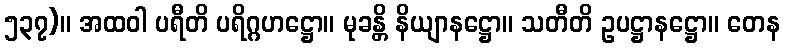
၅၃၇)။ အထဝါ ပရီတိ ပရိဂ္ဂဟဋ္ဌော။ မုခန္တိ နိယျာနဋ္ဌော။ သတီတိ ဥပဋ္ဌာနဋ္ဌော။ တေန